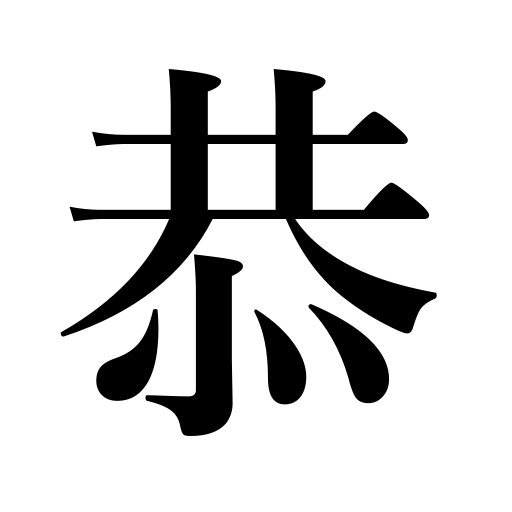
Meanings: respectful,reverent